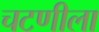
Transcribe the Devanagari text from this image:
चटणीला